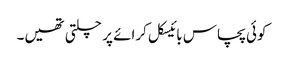
کوئی پچاس بائیسکل کرائے پر چلتی تھیں۔